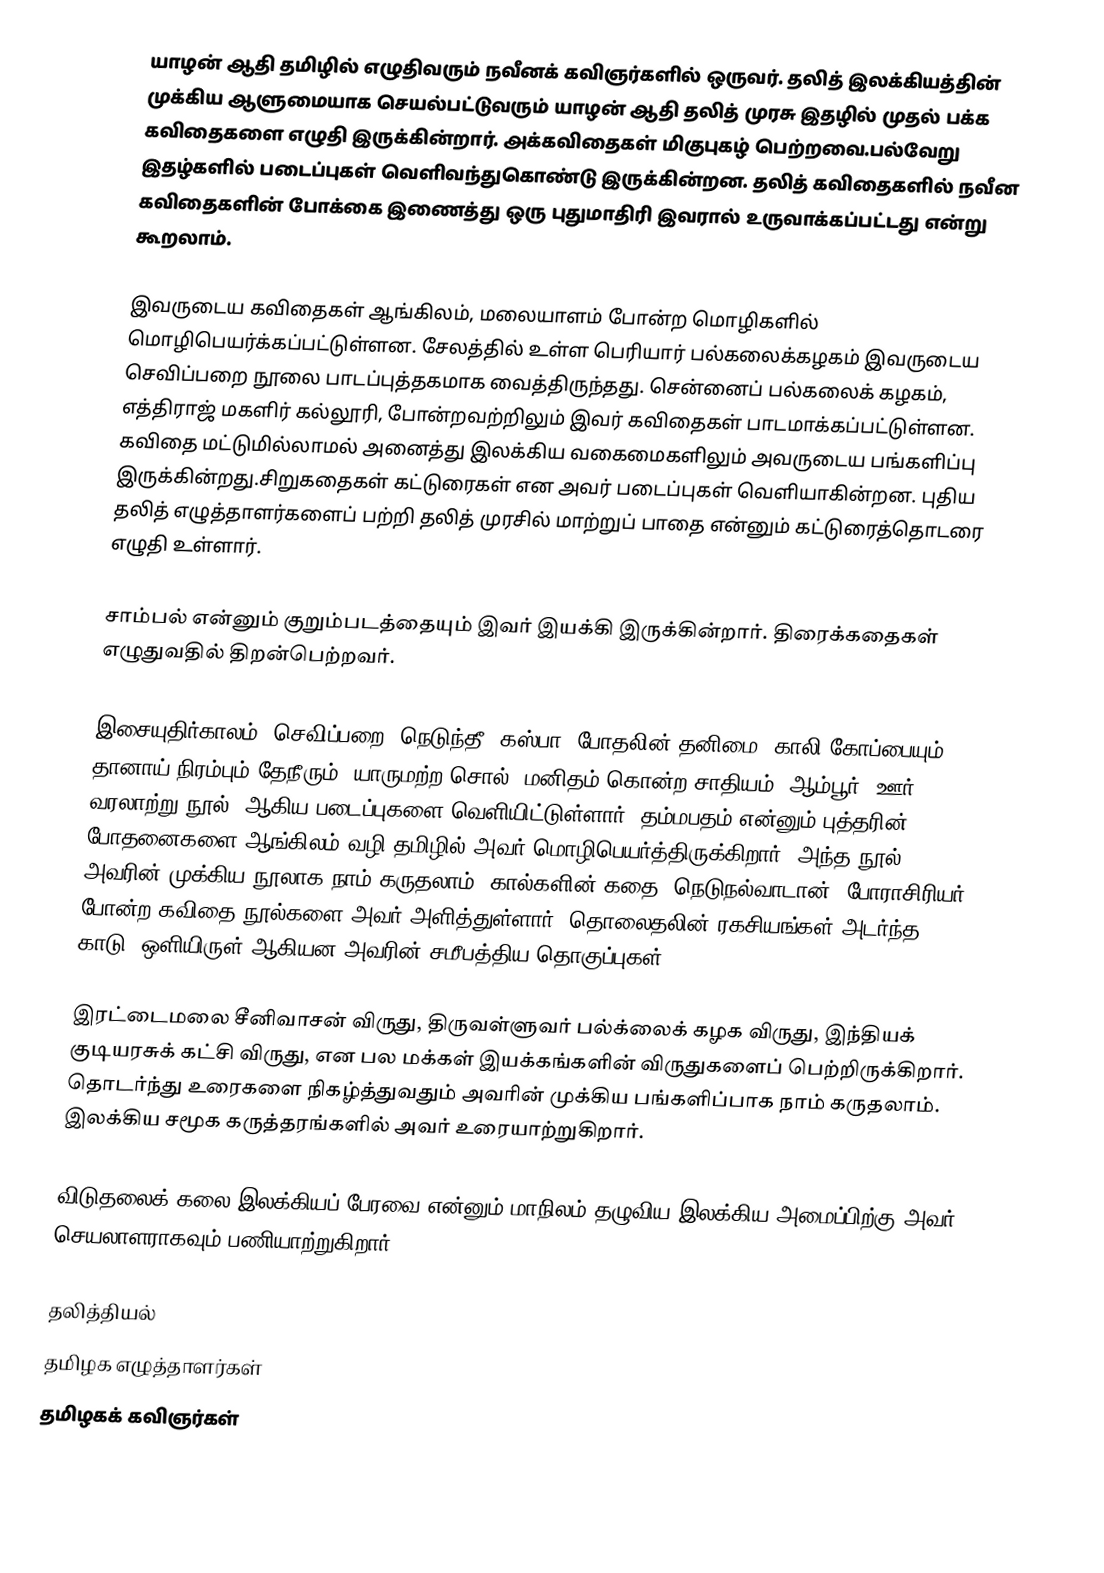
யாழன் ஆதி தமிழில் எழுதிவரும் நவீனக் கவிஞர்களில் ஒருவர். தலித் இலக்கியத்தின் முக்கிய ஆளுமையாக செயல்பட்டுவரும் யாழன் ஆதி தலித் முரசு இதழில் முதல் பக்க கவிதைகளை எழுதி இருக்கின்றார். அக்கவிதைகள் மிகுபுகழ் பெற்றவை.பல்வேறு இதழ்களில் படைப்புகள் வெளிவந்துகொண்டு இருக்கின்றன. தலித் கவிதைகளில் நவீன கவிதைகளின் போக்கை இணைத்து ஒரு புதுமாதிரி இவரால் உருவாக்கப்பட்டது என்று கூறலாம்.

இவருடைய கவிதைகள் ஆங்கிலம், மலையாளம் போன்ற மொழிகளில் மொழிபெயர்க்கப்பட்டுள்ளன. சேலத்தில் உள்ள பெரியார் பல்கலைக்கழகம் இவருடைய செவிப்பறை நூலை பாடப்புத்தகமாக வைத்திருந்தது. சென்னைப் பல்கலைக் கழகம், எத்திராஜ் மகளிர் கல்லூரி, போன்றவற்றிலும் இவர் கவிதைகள் பாடமாக்கப்பட்டுள்ளன. கவிதை மட்டுமில்லாமல் அனைத்து இலக்கிய வகைமைகளிலும் அவருடைய பங்களிப்பு இருக்கின்றது.சிறுகதைகள் கட்டுரைகள் என அவர் படைப்புகள் வெளியாகின்றன. புதிய தலித் எழுத்தாளர்களைப் பற்றி தலித் முரசில் மாற்றுப் பாதை என்னும் கட்டுரைத்தொடரை எழுதி  உள்ளார்.

சாம்பல் என்னும் குறும்படத்தையும் இவர் இயக்கி இருக்கின்றார். திரைக்கதைகள் எழுதுவதில் திறன்பெற்றவர்.

இசையுதிர்காலம், செவிப்பறை, நெடுந்தீ, கஸ்பா, போதலின் தனிமை, காலி கோப்பையும் தானாய் நிரம்பும் தேநீரும்,  யாருமற்ற சொல், மனிதம் கொன்ற சாதியம், ஆம்பூர் (ஊர் வரலாற்று நூல்) ஆகிய படைப்புகளை வெளியிட்டுள்ளார். தம்மபதம் என்னும் புத்தரின் போதனைகளை ஆங்கிலம் வழி தமிழில் அவர் மொழிபெயர்த்திருக்கிறார். அந்த நூல் அவரின் முக்கிய நூலாக நாம் கருதலாம். கால்களின் கதை, நெடுநல்வாடான், போராசிரியர் போன்ற கவிதை நூல்களை அவர் அளித்துள்ளார். தொலைதலின் ரகசியங்கள் அடர்ந்த காடு, ஒளியிருள் ஆகியன அவரின் சமீபத்திய தொகுப்புகள்.

இரட்டைமலை சீனிவாசன் விருது, திருவள்ளுவர் பல்க்லைக் கழக விருது, இந்தியக் குடியரசுக் கட்சி விருது, என பல மக்கள் இயக்கங்களின் விருதுகளைப் பெற்றிருக்கிறார். தொடர்ந்து  உரைகளை நிகழ்த்துவதும் அவரின் முக்கிய பங்களிப்பாக நாம் கருதலாம். இலக்கிய சமூக கருத்தரங்களில் அவர் உரையாற்றுகிறார்.

விடுதலைக் கலை இலக்கியப் பேரவை என்னும் மாநிலம் தழுவிய இலக்கிய அமைப்பிற்கு அவர் செயலாளராகவும் பணியாற்றுகிறார்.

தலித்தியல்
தமிழக எழுத்தாளர்கள்
தமிழகக் கவிஞர்கள்